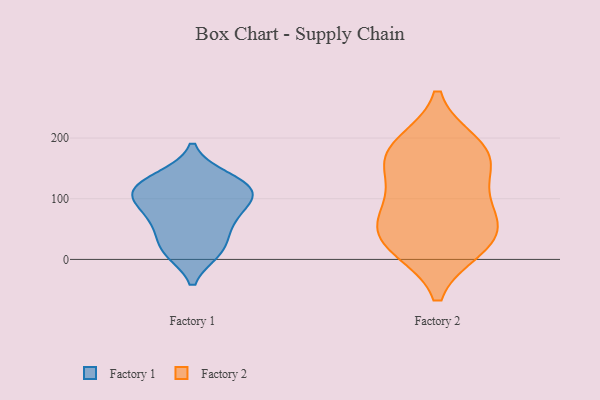
{"axis": {"x": "Churn Rate (%)", "y": "Value"}, "legend": ["Factory 1", "Factory 2"], "data": [{"x": "", "y": 97, "type": "Factory 1"}, {"x": "", "y": 66, "type": "Factory 1"}, {"x": "", "y": 134, "type": "Factory 1"}, {"x": "", "y": 13, "type": "Factory 1"}, {"x": "", "y": 108, "type": "Factory 1"}, {"x": "", "y": 56, "type": "Factory 1"}, {"x": "", "y": 120, "type": "Factory 1"}, {"x": "", "y": 17, "type": "Factory 1"}, {"x": "", "y": 96, "type": "Factory 1"}, {"x": "", "y": 136, "type": "Factory 1"}, {"x": "", "y": 14, "type": "Factory 1"}, {"x": "", "y": 118, "type": "Factory 1"}, {"x": "", "y": 58, "type": "Factory 1"}, {"x": "", "y": 102, "type": "Factory 1"}, {"x": "", "y": 173, "type": "Factory 2"}, {"x": "", "y": 22, "type": "Factory 2"}, {"x": "", "y": 172, "type": "Factory 2"}, {"x": "", "y": 155, "type": "Factory 2"}, {"x": "", "y": 188, "type": "Factory 2"}, {"x": "", "y": 46, "type": "Factory 2"}, {"x": "", "y": 83, "type": "Factory 2"}, {"x": "", "y": 21, "type": "Factory 2"}, {"x": "", "y": 100, "type": "Factory 2"}, {"x": "", "y": 48, "type": "Factory 2"}]}